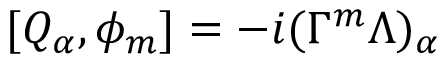
[ Q _ { \alpha } , \phi _ { m } ] = - i ( \Gamma ^ { m } \Lambda ) _ { \alpha }